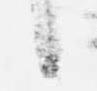
候